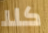
كلا